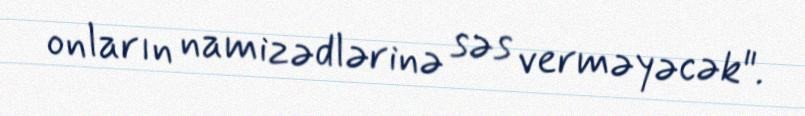
onların namizədlərinə səs verməyəcək".